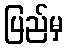
ပြည်မှ